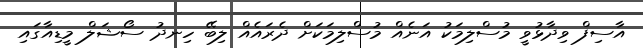
އާސިފް ވިދާޅުވީ މުސްލިމަކު އަނެއް މުސްލިމަކަށް ދެރައެއް ލިބޭ ހިނދު ސޯޝަލް މީޑިއާގައި